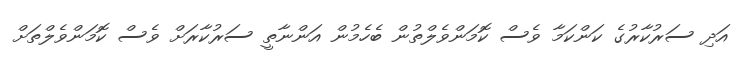
އަދި ސަރުކާރުގެ ކަންކަމާ ވެސް ކޮމަންވެލްތުން ބެހެމުން އަންނާތީ ސަރުކާރަށް ވެސް ކޮމަންވެލްތަށް